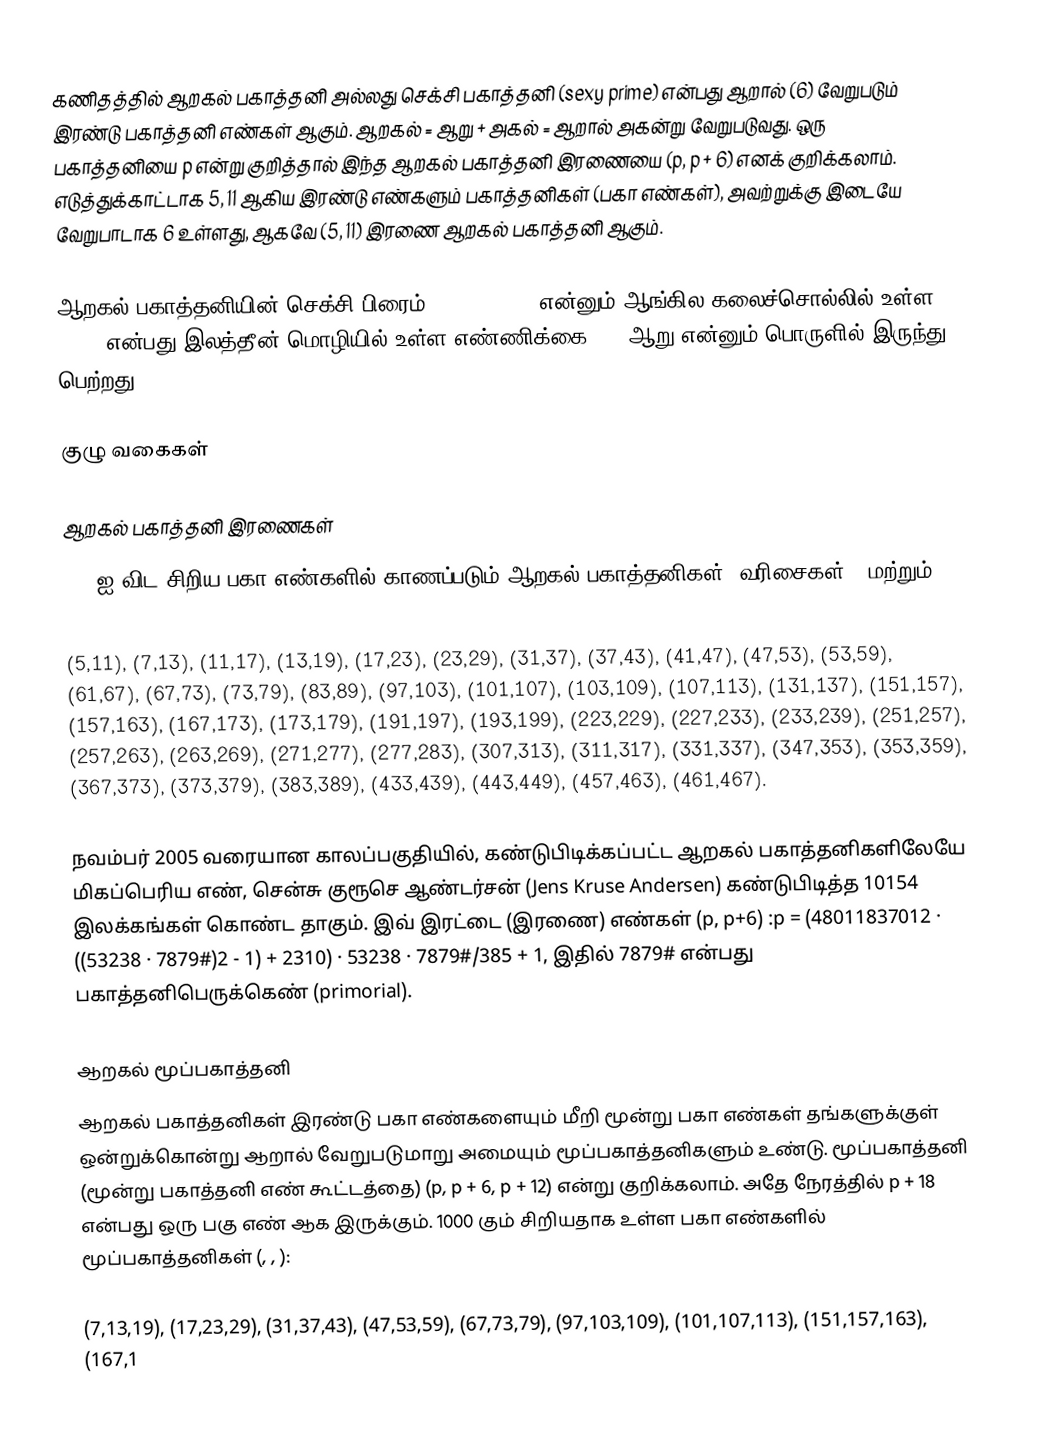
கணிதத்தில் ஆறகல் பகாத்தனி அல்லது செக்சி பகாத்தனி (sexy prime) என்பது ஆறால் (6) வேறுபடும் இரண்டு பகாத்தனி எண்கள் ஆகும். ஆறகல் = ஆறு + அகல் = ஆறால் அகன்று வேறுபடுவது. ஒரு பகாத்தனியை p என்று குறித்தால் இந்த ஆறகல் பகாத்தனி இரணையை (p, p + 6) எனக் குறிக்கலாம். எடுத்துக்காட்டாக 5, 11 ஆகிய இரண்டு எண்களும் பகாத்தனிகள் (பகா எண்கள்), அவற்றுக்கு இடையே வேறுபாடாக 6 உள்ளது, ஆகவே (5, 11) இரணை ஆறகல் பகாத்தனி ஆகும்.

ஆறகல் பகாத்தனியின் செக்சி பிரைம் (sexy prime) என்னும் ஆங்கில கலைச்சொல்லில் உள்ள "sex" என்பது இலத்தீன் மொழியில் உள்ள எண்ணிக்கை (6) ஆறு என்னும் பொருளில் இருந்து பெற்றது.

குழு வகைகள்

ஆறகல் பகாத்தனி இரணைகள்
500 ஐ விட சிறிய பகா எண்களில் காணப்படும் ஆறகல் பகாத்தனிகள் (வரிசைகள் , மற்றும்  in OEIS):

(5,11),    (7,13), (11,17), (13,19), (17,23), (23,29), (31,37), (37,43), (41,47),    (47,53), (53,59), (61,67), (67,73), (73,79), (83,89), (97,103), (101,107), (103,109), (107,113), (131,137), (151,157), (157,163), (167,173), (173,179), (191,197), (193,199), (223,229), (227,233), (233,239), (251,257), (257,263), (263,269), (271,277), (277,283), (307,313), (311,317), (331,337), (347,353), (353,359), (367,373), (373,379), (383,389), (433,439), (443,449), (457,463), (461,467).

நவம்பர் 2005 வரையான காலப்பகுதியில், கண்டுபிடிக்கப்பட்ட ஆறகல் பகாத்தனிகளிலேயே மிகப்பெரிய எண், சென்சு குரூசெ ஆண்டர்சன் (Jens Kruse Andersen)  கண்டுபிடித்த 10154  இலக்கங்கள் கொண்ட தாகும். இவ் இரட்டை (இரணை) எண்கள்  (p, p+6) :p = (48011837012 · ((53238 · 7879#)2 - 1) + 2310) · 53238 · 7879#/385 + 1,  இதில் 7879#  என்பது பகாத்தனிபெருக்கெண்  (primorial).

ஆறகல் மூப்பகாத்தனி
ஆறகல் பகாத்தனிகள் இரண்டு பகா எண்களையும் மீறி மூன்று பகா எண்கள் தங்களுக்குள் ஒன்றுக்கொன்று ஆறால் வேறுபடுமாறு அமையும் மூப்பகாத்தனிகளும் உண்டு. மூப்பகாத்தனி (மூன்று பகாத்தனி எண் கூட்டத்தை) (p, p + 6, p + 12) என்று குறிக்கலாம். அதே நேரத்தில் p + 18 என்பது ஒரு பகு எண் ஆக இருக்கும். 1000 கும் சிறியதாக உள்ள பகா எண்களில் மூப்பகாத்தனிகள் (, , ):

(7,13,19), (17,23,29), (31,37,43), (47,53,59), (67,73,79), (97,103,109), (101,107,113), (151,157,163), (167,1